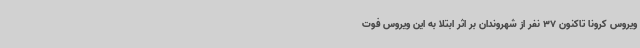
ویروس کرونا تاکنون 37 نفر از شهروندان بر اثر ابتلا به این ویروس فوت